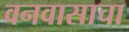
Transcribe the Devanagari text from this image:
वनवासाचा